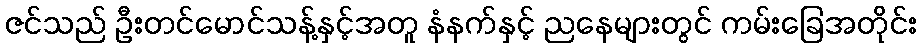
ဇင်သည် ဦးတင်မောင်သန့်နှင့်အတူ နံနက်နှင့် ညနေများတွင် ကမ်းခြေအတိုင်း